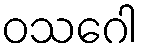
ဝသဂေါ